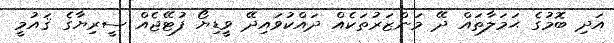
އަދި ބޮމުގެ ޙަމަލާތައް ދޭ މަންޒަރުތަކެއް ދައްކުވައިދޭ ވީޑިޔޯ ފުޓޭޖެއް ސީރިޔާގެ ޤައުމީ